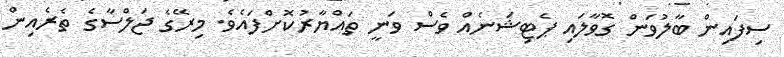
ސިފައިން ބާލުވަން ގޮވާލައި ޕެޓިޝަނެއް ވެސް ވަނީ ތައްޔާރުކޮށްފައެވެ. މިރޭގެ ޖަލްސާގެ ތެރެއިން